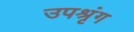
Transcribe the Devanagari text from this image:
उपश्रृंग